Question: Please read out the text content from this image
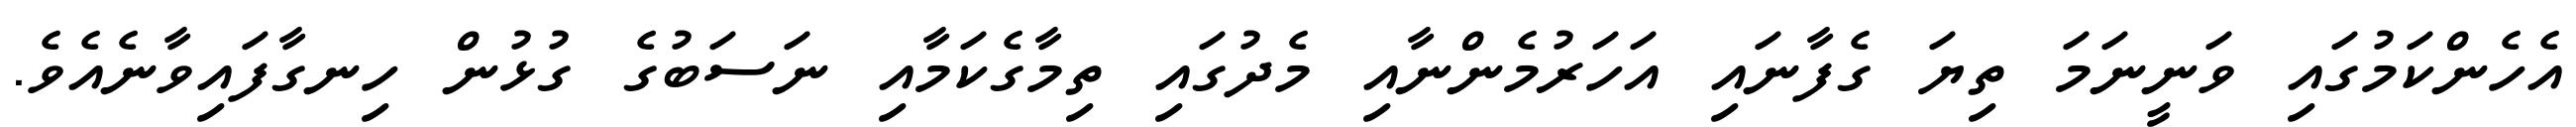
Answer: އެހެންކަމުގައި ވަނީނަމަ ތިޔަ ގެފާނައި އަހަރުމެންނާއި މެދުގައި ތިމާގެކަމާއި ނަސަބުގެ ގުޅުން ހިނގާފައިވާނެއެވެ.